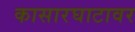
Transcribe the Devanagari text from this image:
कासारघाटावर